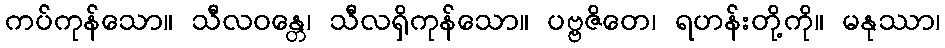
ကပ်ကုန်သော။ သီလဝန္တေ၊ သီလရှိကုန်သော။ ပဗ္ဗဇိတေ၊ ရဟန်းတို့ကို။ မနုဿာ၊